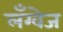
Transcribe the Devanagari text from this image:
लॅंग्वेज